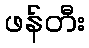
ဖန်တီး